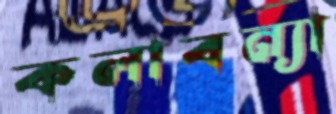
কলাবন্যা